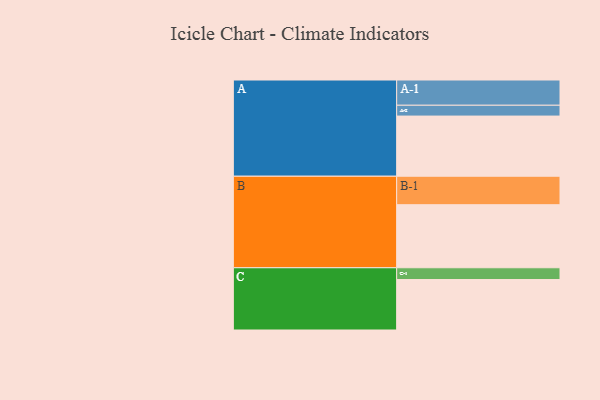
{"axis": {"x": "Segment", "y": "Value"}, "legend": ["", "A", "B", "C"], "data": [{"x": "A", "y": 522, "type": ""}, {"x": "B", "y": 547, "type": ""}, {"x": "C", "y": 438, "type": ""}, {"x": "A-1", "y": 219, "type": "A"}, {"x": "A-2", "y": 94, "type": "A"}, {"x": "B-1", "y": 247, "type": "B"}, {"x": "C-1", "y": 102, "type": "C"}]}